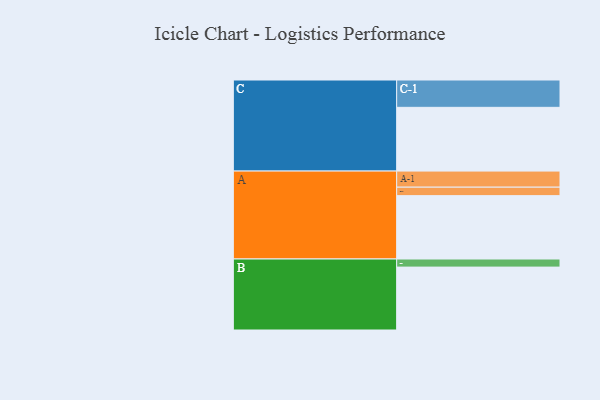
{"axis": {"x": "Segment", "y": "Value"}, "legend": ["", "A", "B", "C"], "data": [{"x": "A", "y": 524, "type": ""}, {"x": "B", "y": 520, "type": ""}, {"x": "C", "y": 527, "type": ""}, {"x": "A-1", "y": 133, "type": "A"}, {"x": "A-2", "y": 70, "type": "A"}, {"x": "B-1", "y": 67, "type": "B"}, {"x": "C-1", "y": 226, "type": "C"}]}